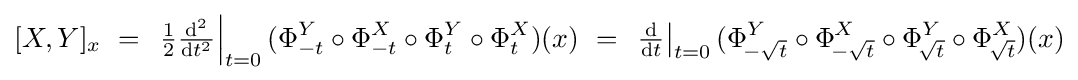
[X,Y]_{x}\ =\ \left.{\tfrac {1}{2}}{\tfrac {\mathrm {d} ^{2}}{\mathrm {d} t^{2}}}\right|_{t=0}(\Phi _{-t}^{Y}\circ \Phi _{-t}^{X}\circ \Phi _{t}^{Y}\circ \Phi _{t}^{X})(x)\ =\ \left.{\tfrac {\mathrm {d} }{\mathrm {d} t}}\right|_{t=0}(\Phi _{\!-{\sqrt {t}}}^{Y}\circ \Phi _{\!-{\sqrt {t}}}^{X}\circ \Phi _{\!{\sqrt {t}}}^{Y}\circ \Phi _{\!{\sqrt {t}}}^{X})(x)